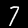
Label: 7